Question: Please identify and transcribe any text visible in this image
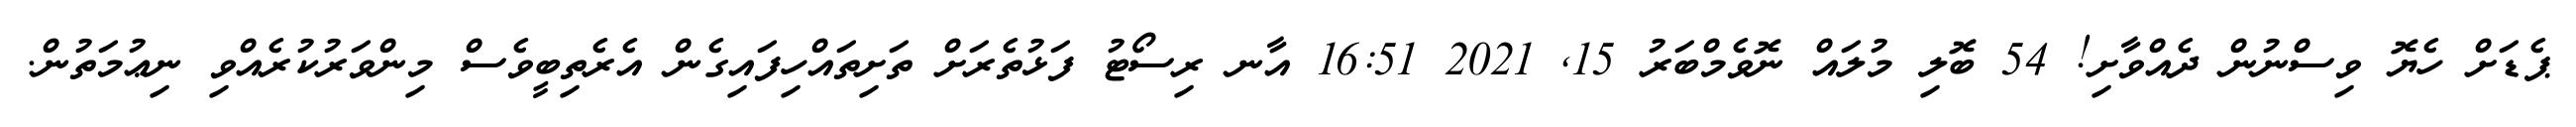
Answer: ޕެޑަށް ހެޔޮ ވިސްނުން ދެއްވާށި! 54 ބޮލި މުލައް ނޮވެމްބަރު 15, 2021 16:51 އާނ ރިސޯޓު ފަޅުތެރަށް ތަށިތައްހިފައިގެން އެރެތިބީވެސް މިންވަރުކުރެއްވި ނިޢުމަތުން.